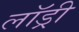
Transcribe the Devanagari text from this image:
लाॅड्री